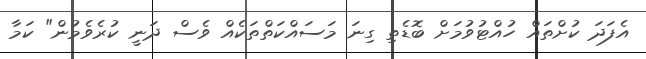
އެފަދަ ކުށްތައް ހުއްޓުވުމަށް ބޮޑެތި ގިނަ މަސައްކަތްތަކެއް ވެސް ދަނީ ކުރެވެމުން" ކަމާ